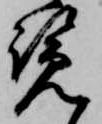
覧